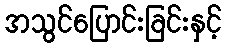
အသွင်ပြောင်းခြင်းနှင့်